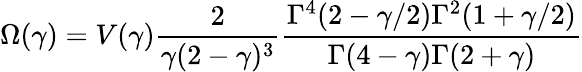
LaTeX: \Omega(\gamma)=V(\gamma)\frac{2}{\gamma(2-\gamma)^{3}}\frac{\Gamma^{4}(2-\gamma/2)\Gamma^{2}(1+\gamma/2)}{\Gamma(4-\gamma)\Gamma(2+\gamma)}